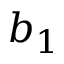
b _ { 1 }